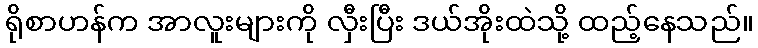
ရိုစာဟန်က အာလူးများကို လှီးပြီး ဒယ်အိုးထဲသို့ ထည့်နေသည်။